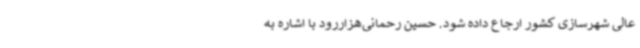
عالی شهرسازی کشور ارجاع داده شود. حسین رحمانی‌هزاررود با اشاره به